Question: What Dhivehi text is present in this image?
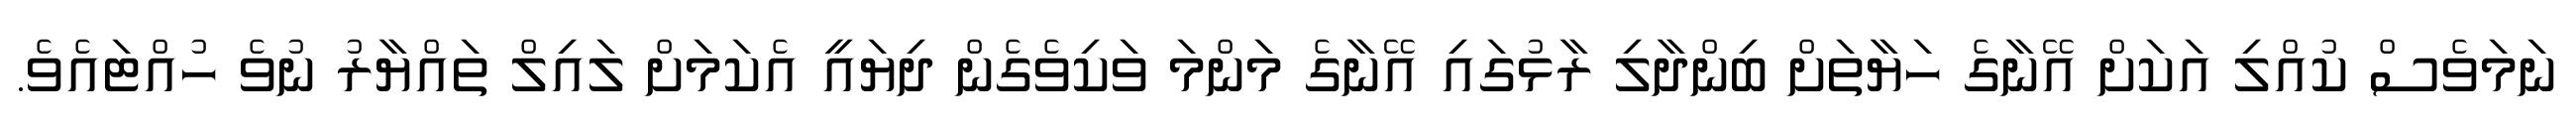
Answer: ނަމަވެސް ކުއްލި އަކަށް އޭނާގެ ހަޔާތަށް ބިންދާލި ރާޅުގައި އޭނާގެ މަންމަ ވަކިވެގެން ދިޔައީ އެކަމަށް ލައިލް ތައްޔާރު ނުވެ ހުއްޓައެވެ.